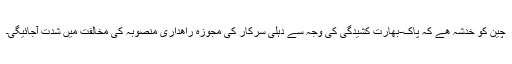
چین کو خدشہ ھے کہ پاک-بھارت کشیدگی کی وجہ سے دہلی سرکار کی مجوزہ راھداری منصوبہ کی مخالفت میں شدت آجائیگی۔